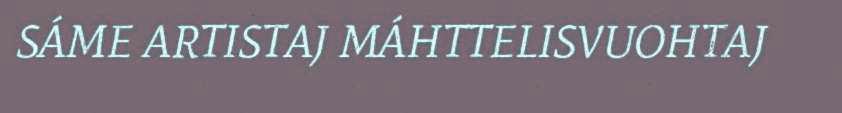
SÁME ARTISTAJ MÁHTTELISVUOHTAJ